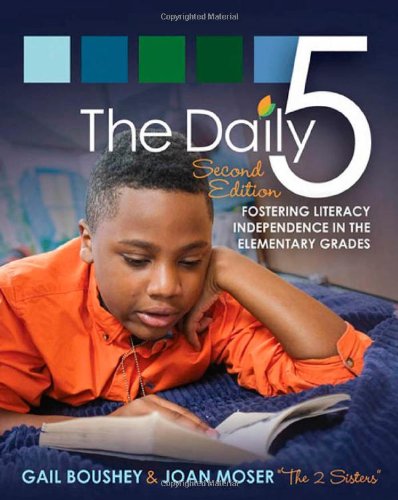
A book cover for Daily 5, The (Second Edition): Fostering Literacy in the Elementary Grades; Gail Boushey; Education & Teaching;